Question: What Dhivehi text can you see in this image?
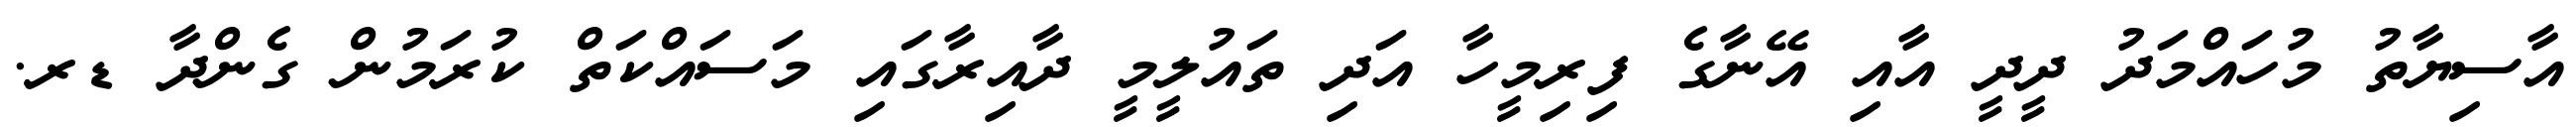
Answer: އާސިޔާތު މުހައްމަދު ދީދީ އާއި އޭނާގެ ފިރިމީހާ އަދި ތައުލީމީ ދާއިރާގައި މަސައްކަތް ކުރަމުން ގެންދާ ޑރ.